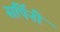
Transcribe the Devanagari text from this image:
सर्पिनी